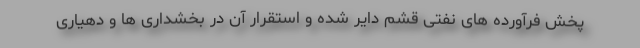
پخش فرآورده های نفتی قشم دایر شده و استقرار آن در بخشداری ها و دهیاری